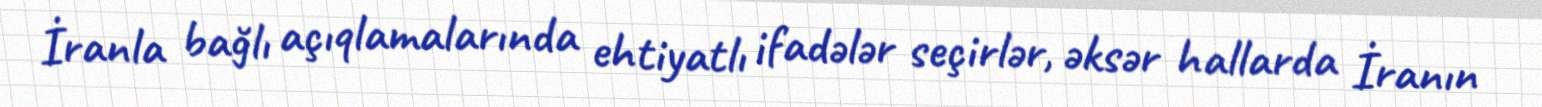
İranla bağlı açıqlamalarında ehtiyatlı ifadələr seçirlər, əksər hallarda İranın